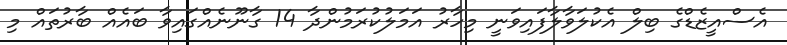
އެސްއީޒެޑްގެ ބިލް އެކުލަވާލާފައިވަނީ މިހާރު އަމަލުކުރަމުންދާ 14 ގާނޫނެއްގައިވާ ބައެއް ބާރުތައް މި